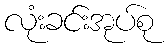
လုံးခင်းအုပ်စု